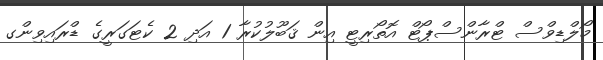
މޯލްޑިވްސް ޓްރާންސްޕޯޓް އޮތޯރިޓީ އިން ޤަބޫލުކުރާ 1 އަދި 2 ކެޓަގަރީގެ ޑްރައިވިންގ